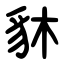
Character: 䝗